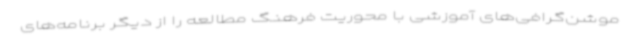
موشن‌گرافی‌های آموزشی با محوریت فرهنگ مطالعه را از دیگر برنامه‌های